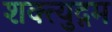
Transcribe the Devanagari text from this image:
शक्त्युद्गम